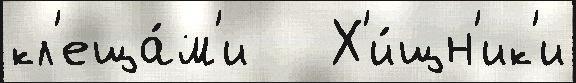
кл'еща́м'и   Х'и́щн'ик'и